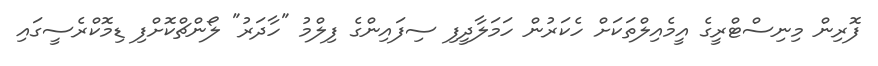
ފޮރިން މިނިސްޓްރީގެ އީމެއިލްތަކަށް ހެކަރުން ހަމަލާދީފި ސިފައިންގެ ފިލްމު "ހާދަރު" ލޯންޗްކޮށްފި ޑިމޮކްރެސީގައި